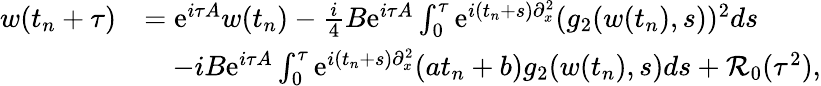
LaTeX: \begin{array}{rl}{w(t_{n}+\tau)}&{=\mathrm{e}^{i\tau A}w(t_{n})-\frac{i}{4}B\mathrm{e}^{i\tau A}\int_{0}^{\tau}\mathrm{e}^{i(t_{n}+s)\partial_{x}^{2}}(g_{2}(w(t_{n}),s))^{2}ds}\\ &{\quad-iB\mathrm{e}^{i\tau A}\int_{0}^{\tau}\mathrm{e}^{i(t_{n}+s)\partial_{x}^{2}}(at_{n}+b)g_{2}(w(t_{n}),s)ds+\mathcal{R}_{0}(\tau^{2}),}\end{array}